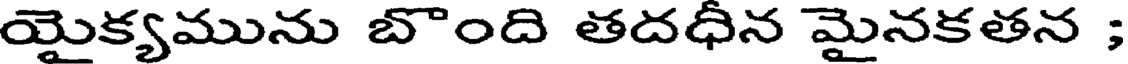
యైక్యమును బొంది తదధీన మైనకతన ;